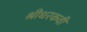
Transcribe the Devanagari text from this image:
श्रीधरकवी